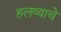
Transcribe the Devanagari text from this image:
हलव्याचे